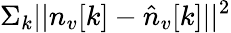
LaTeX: \Sigma_{k}||{n}_{v}[k]-\hat{n}_{v}[k]||^{2}